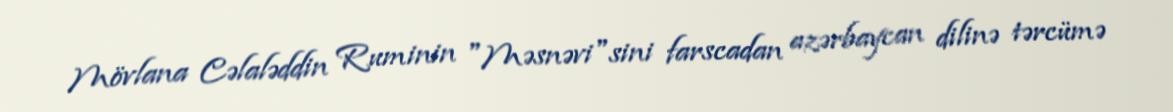
Mövlana Cəlaləddin Ruminin "Məsnəvi"sini farscadan azərbaycan dilinə tərcümə